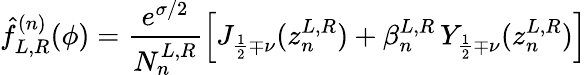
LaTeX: \hat{f}_{L,R}^{(n)}(\phi)=\frac{e^{\sigma/2}}{N_{n}^{L,R}}\left[J_{\frac{1}{2}\mp\nu}(z_{n}^{L,R})+\beta_{n}^{L,R}\, Y_{\frac{1}{2}\mp\nu}(z_{n}^{L,R})\right]